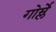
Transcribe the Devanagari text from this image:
गोर्म्ले